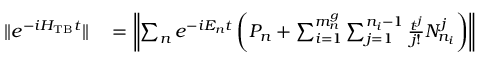
\begin{array} { r l } { \| e ^ { - i H _ { \mathrm { T B } } t } \| } & { { } = \left\Vert \sum _ { n } e ^ { - i E _ { n } t } \left( P _ { n } + \sum _ { i = 1 } ^ { m _ { n } ^ { g } } \sum _ { j = 1 } ^ { n _ { i } - 1 } \frac { t ^ { j } } { j ! } N _ { n _ { i } } ^ { j } \right) \right\Vert } \end{array}